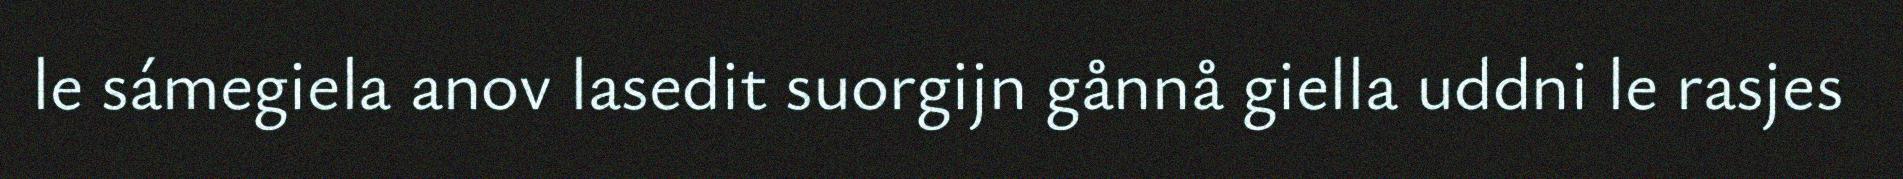
le sámegiela anov lasedit suorgijn gånnå giella uddni le rasjes